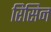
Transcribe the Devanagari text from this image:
रिसिन